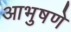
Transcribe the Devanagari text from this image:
आभुषणे